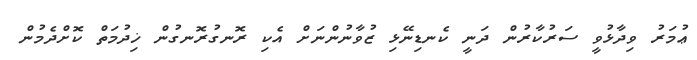
ޢުމަރު ވިދާޅުވީ ސަރުކާރުން ދަނީ ކެނޑިނޭޅި ޒުވާނުންނަށް އެކި ރޮނގުރޮނގުން ޚިދުމަތް ކޮށްދެމުން